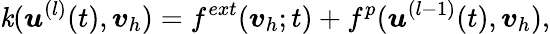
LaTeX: \mathit{k}({\boldsymbol{\mathbf{{\mathit{{u}}}}}}^{(l)}(t),{\boldsymbol{\mathbf{{\mathit{{v}}}}}}_{h})=f^{ext}({\boldsymbol{\mathbf{{\mathit{{v}}}}}}_{h};t)+f^{p}({\boldsymbol{\mathbf{{\mathit{{u}}}}}}^{(l-1)}(t),{\boldsymbol{\mathbf{{\mathit{{v}}}}}}_{h}),